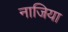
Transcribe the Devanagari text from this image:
नाजिया